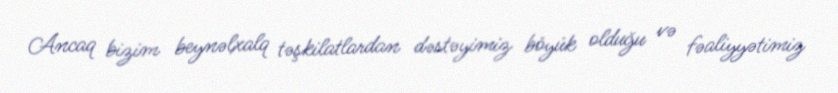
Ancaq bizim beynəlxalq təşkilatlardan dəstəyimiz böyük olduğu və fəaliyyətimiz